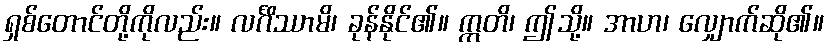
ရှစ်တောင်တို့ကိုလည်း။ လင်္ဂိဿာမိ၊ ခုန်နိုင်၏။ ဣတိ၊ ဤသို့။ အာဟ၊ လျှောက်ဆို၏။